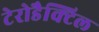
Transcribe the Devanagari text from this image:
टेरोडैक्टिल